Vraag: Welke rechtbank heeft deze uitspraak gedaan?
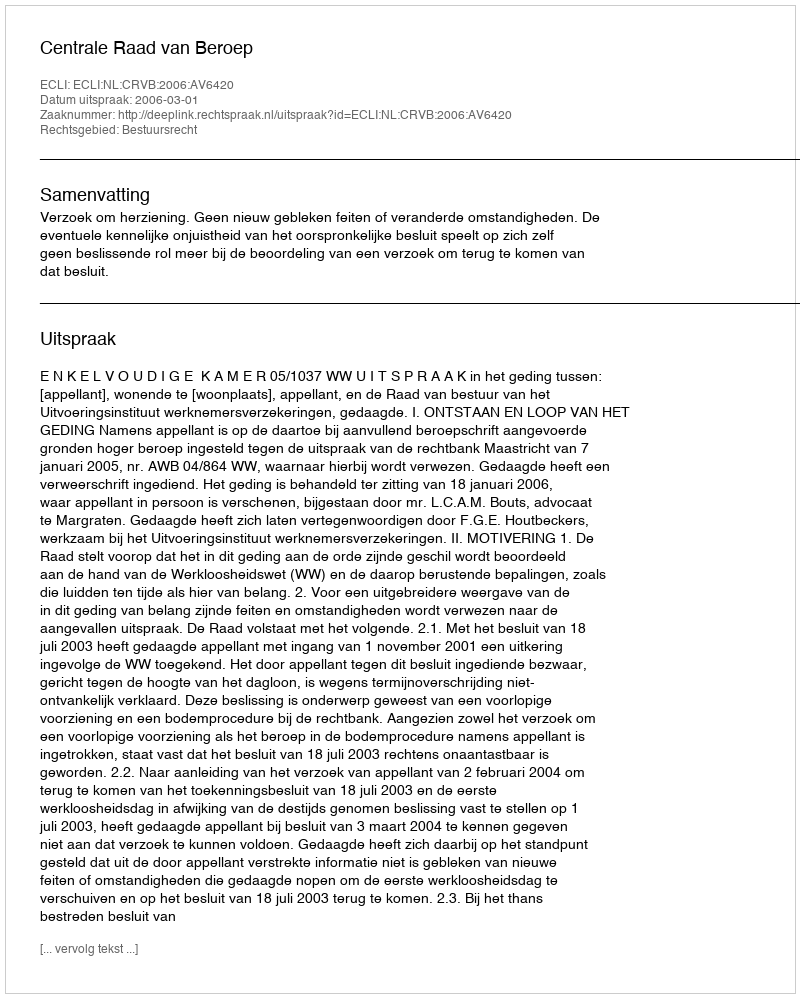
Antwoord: Centrale Raad van Beroep